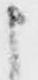
申